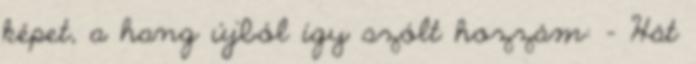
képet, a hang újból így szólt hozzám: - Hát